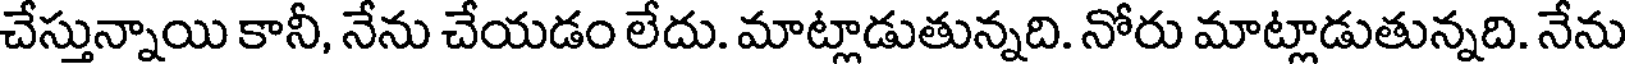
చేస్తున్నాయి కానీ, నేను చేయడం లేదు. మాట్లాడుతున్నది. నోరు మాట్లాడుతున్నది. నేను